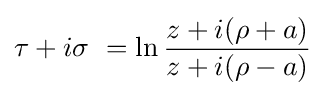
\tau +i\sigma \ =\ln {\frac {z+i(\rho +a)}{z+i(\rho -a)}}